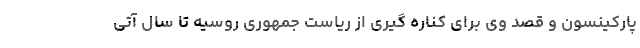
پارکینسون و قصد وی برای کناره گیری از ریاست جمهوری روسیه تا سال آتی